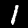
Label: 1